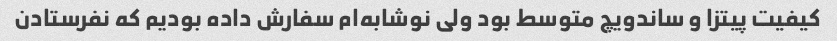
کیفیت پیتزا و ساندویچ متوسط بود ولی نوشابه‌ام سفارش داده بودیم که نفرستادن